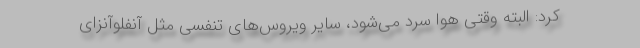
کرد: البته وقتی هوا سرد می‌شود، سایر ویروس‌های تنفسی مثل آنفلوآنزای